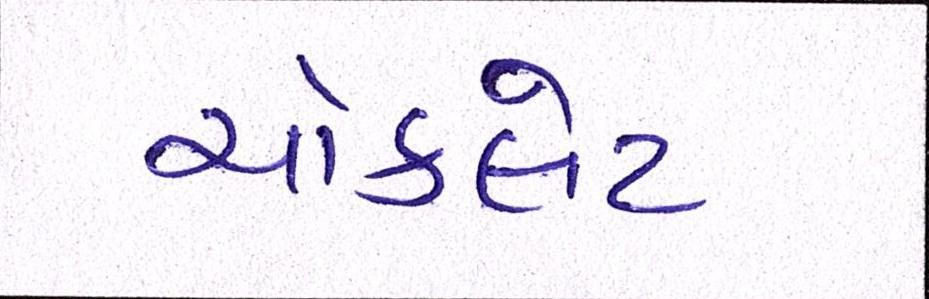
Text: ચૉકલેટ